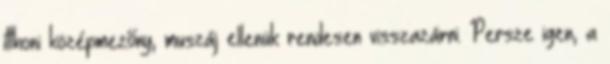
itthoni középmezőny, muszáj ellenük rendesen visszazárni. Persze igen, a